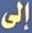
إلى